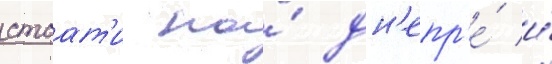
стоат'и на́ дн'епр'е́ и́